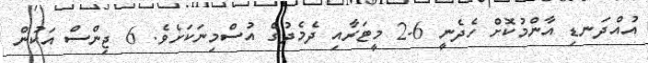
އުއްދަނޑި އާންމުކޮށް ހެދެނީ 6-2 މީޓަރާއި ދެމެދުގެ އުސްމިނަކަށެވެ. 6 ޖިންސް އަކުން